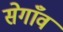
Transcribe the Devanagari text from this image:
सेगाँव